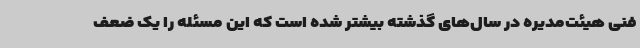
فنی هیئت‌مدیره در سال‌های گذشته بیشتر شده است که این مسئله را یک ضعف